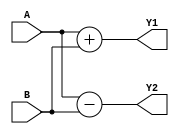
`timescale 1ns / 1ps
//////////////////////////////////////////////////////////////////////////////////
// Company: 
// Engineer: 
// 
// Design Name: 
// Module Name:    addsub 
// Project Name: 
// Target Devices: 
// Tool versions: 
// Description: 
//
// Dependencies: 
//
// Revision: 
// Revision 0.01 - File Created
// Additional Comments: 
//
//////////////////////////////////////////////////////////////////////////////////
module addsub(
input [3:0] A,
input [3:0] B,
output reg [3:0] Y1,
output reg [3:0] Y2 
);

always @(A or B)
begin
Y1=A+B;
Y2=A-B;
end
endmodule